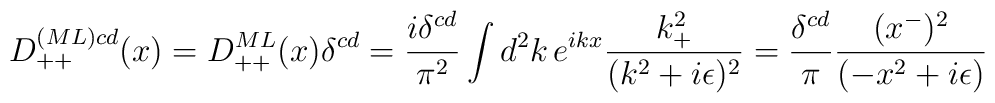
D_{++}^{(ML)cd}(x) =D_{++}^{ML}(x) \delta^{cd} = {i \delta^{cd}\over \pi^2}\int d^2k\, e^{ikx} {k_+^2\over (k^2 + i \epsilon)^2}= {\delta^{cd}\over \pi}{(x^-)^2\over (-x^2 + i\epsilon)}\